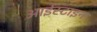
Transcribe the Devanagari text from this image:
आईस्टाइन